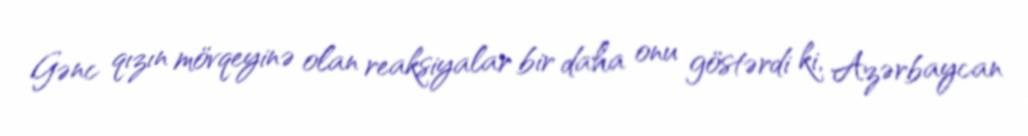
Gənc qızın mövqeyinə olan reaksiyalar bir daha onu göstərdi ki, Azərbaycan